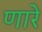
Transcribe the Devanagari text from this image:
णारे